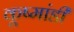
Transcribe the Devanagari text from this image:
कूष्मांडी